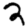
Digit: 2